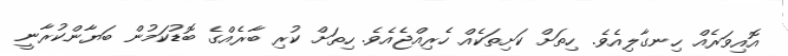
އޮއިވަރެއް ހިނގާލިއެވެ. ހިތަށް ކަށިތަކެއް ހެރިއްޖެއެވެ. ހިތަށް ކުރި ބާރެއްގެ ބޮޑުކަމުން ބަޔާންކުރާނީ